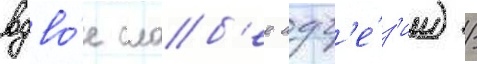
вдво́е слаб'ее адг'е́з'ии) /